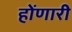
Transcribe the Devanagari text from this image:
होंणारी